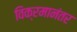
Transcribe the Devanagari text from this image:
विक्रमानंतर